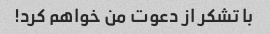
با تشکر از دعوت من خواهم کرد!